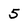
Character: 5